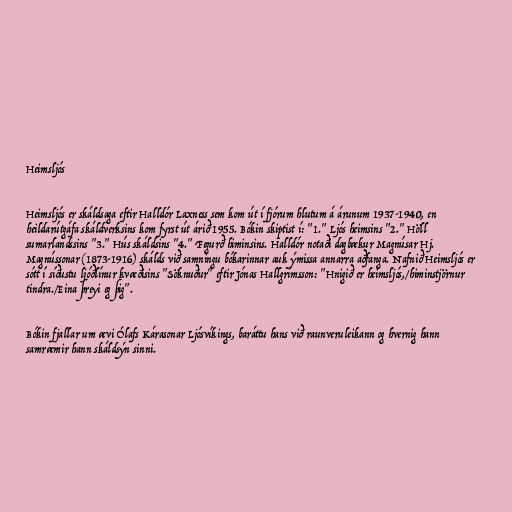
Heimsljós

Heimsljós er skáldsaga eftir Halldór Laxness sem kom út í fjórum hlutum á árunum 1937-1940, en
heildarútgáfa skáldverksins kom fyrst út árið 1955. Bókin skiptist í: "1." Ljós heimsins "2." Höll
sumarlandssins "3." Hús skáldsins "4." Fegurð himinsins. Halldór notaði dagbækur Magnúsar Hj.
Magnússonar (1873-1916) skálds við samningu bókarinnar auk ýmissa annarra aðfanga. Nafnið Heimsljós er
sótt í síðustu ljóðlínur kvæðisins "Söknuður" eftir Jónas Hallgrímsson: "Hnigið er heimsljós,/himinstjörnur
tindra./Eina þreyi eg þig".

Bókin fjallar um ævi Ólafs Kárasonar Ljósvíkings, baráttu hans við raunveruleikann og hvernig hann
samræmir hann skáldsýn sinni.